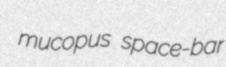
mucopus space-bar